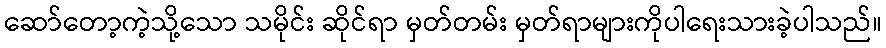
ဆော်တော့ကဲ့သို့သော သမိုင်း ဆိုင်ရာ မှတ်တမ်း မှတ်ရာများကိုပါရေးသားခဲ့ပါသည်။